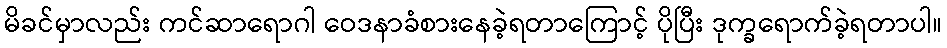
မိခင်မှာလည်း ကင်ဆာရောဂါ ဝေဒနာခံစားနေခဲ့ရတာကြောင့် ပိုပြီး ဒုက္ခရောက်ခဲ့ရတာပါ။